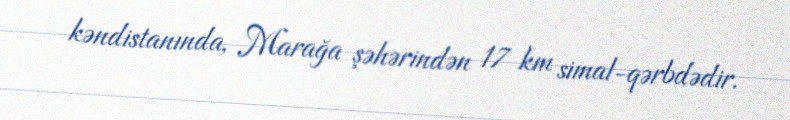
kəndistanında, Marağa şəhərindən 17 km simal-qərbdədir.